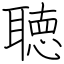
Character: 聴